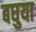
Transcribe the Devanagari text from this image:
बघुया